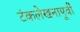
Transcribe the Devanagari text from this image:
टंकलेखनापूर्वी